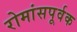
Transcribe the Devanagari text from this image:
रोमांसपूर्वक